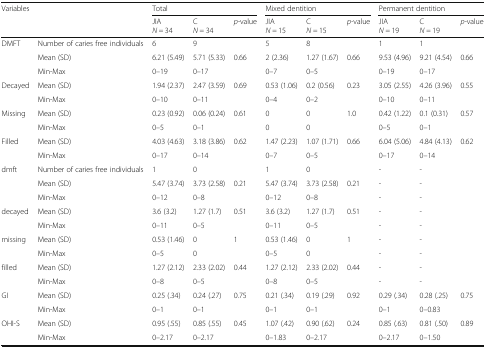
<table><thead><tr><td rowspan="2" colspan="2"><b>Variables</b></td><td colspan="3"><b>Total</b></td><td colspan="3"><b>Mixed dentition</b></td><td colspan="3"><b>Permanent dentition</b></td></tr><tr><td><b>JIA<i>N =</i> 34</b></td><td><b>C<i>N =</i> 34</b></td><td><b><i>p-</i>value</b></td><td><b>JIA<i>N =</i> 15</b></td><td><b>C<i>N =</i> 15</b></td><td><b><i>p-</i>value</b></td><td><b>JIA<i>N =</i> 19</b></td><td><b>C<i>N =</i> 19</b></td><td><b><i>p-</i>value</b></td></tr></thead><tbody><tr><td rowspan="3">DMFT</td><td>Number of caries free individuals</td><td>6</td><td>9</td><td></td><td>5</td><td>8</td><td></td><td>1</td><td>1</td><td></td></tr><tr><td>Mean (SD)</td><td>6.21 (5.49)</td><td>5.71 (5.33)</td><td>0.66</td><td>2 (2.36)</td><td>1.27 (1.67)</td><td>0.66</td><td>9.53 (4.96)</td><td>9.21 (4.54)</td><td>0.66</td></tr><tr><td>Min-Max</td><td>0–19</td><td>0–17</td><td></td><td>0–7</td><td>0–5</td><td></td><td>0–19</td><td>0–17</td><td></td></tr><tr><td rowspan="2">Decayed</td><td>Mean (SD)</td><td>1.94 (2.37)</td><td>2.47 (3.59)</td><td>0.69</td><td>0.53 (1.06)</td><td>0.2 (0.56)</td><td>0.23</td><td>3.05 (2.55)</td><td>4.26 (3.96)</td><td>0.55</td></tr><tr><td>Min-Max</td><td>0–10</td><td>0–11</td><td></td><td>0–4</td><td>0–2</td><td></td><td>0–10</td><td>0–11</td><td></td></tr><tr><td rowspan="2">Missing</td><td>Mean (SD)</td><td>0.23 (0.92)</td><td>0.06 (0.24)</td><td>0.61</td><td>0</td><td>0</td><td>1.0</td><td>0.42 (1.22)</td><td>0.1 (0.31)</td><td>0.57</td></tr><tr><td>Min-Max</td><td>0–5</td><td>0–1</td><td></td><td>0</td><td>0</td><td></td><td>0–5</td><td>0–1</td><td></td></tr><tr><td rowspan="2">Filled</td><td>Mean (SD)</td><td>4.03 (4.63)</td><td>3.18 (3.86)</td><td>0.62</td><td>1.47 (2.23)</td><td>1.07 (1.71)</td><td>0.66</td><td>6.04 (5.06)</td><td>4.84 (4.13)</td><td>0.62</td></tr><tr><td>Min-Max</td><td>0–17</td><td>0–14</td><td></td><td>0–7</td><td>0–5</td><td></td><td>0–17</td><td>0–14</td><td></td></tr><tr><td rowspan="3">dmft</td><td>Number of caries free individuals</td><td>1</td><td>0</td><td></td><td>1</td><td>0</td><td></td><td>-</td><td>-</td><td></td></tr><tr><td>Mean (SD)</td><td>5.47 (3.74)</td><td>3.73 (2.58)</td><td>0.21</td><td>5.47 (3.74)</td><td>3.73 (2.58)</td><td>0.21</td><td>-</td><td>-</td><td></td></tr><tr><td>Min-Max</td><td>0–12</td><td>0–8</td><td></td><td>0–12</td><td>0–8</td><td></td><td>-</td><td>-</td><td></td></tr><tr><td rowspan="2">decayed</td><td>Mean (SD)</td><td>3.6 (3.2)</td><td>1.27 (1.7)</td><td>0.51</td><td>3.6 (3.2)</td><td>1.27 (1.7)</td><td>0.51</td><td>-</td><td>-</td><td></td></tr><tr><td>Min-Max</td><td>0–11</td><td>0–5</td><td></td><td>0–11</td><td>0–5</td><td></td><td>-</td><td>-</td><td></td></tr><tr><td rowspan="2">missing</td><td>Mean (SD)</td><td>0.53 (1.46)</td><td>0</td><td>1</td><td>0.53 (1.46)</td><td>0</td><td>1</td><td>-</td><td>-</td><td></td></tr><tr><td>Min-Max</td><td>0–5</td><td>0</td><td></td><td>0–5</td><td>0</td><td></td><td>-</td><td>-</td><td></td></tr><tr><td rowspan="2">filled</td><td>Mean (SD)</td><td>1.27 (2.12)</td><td>2.33 (2.02)</td><td>0.44</td><td>1.27 (2.12)</td><td>2.33 (2.02)</td><td>0.44</td><td>-</td><td>-</td><td></td></tr><tr><td>Min-Max</td><td>0–8</td><td>0–5</td><td></td><td>0–8</td><td>0–5</td><td></td><td>-</td><td>-</td><td></td></tr><tr><td rowspan="2">GI</td><td>Mean (SD)</td><td>0.25 (.34)</td><td>0.24 (.27)</td><td>0.75</td><td>0.21 (.34)</td><td>0.19 (.29)</td><td>0.92</td><td>0.29 (.34)</td><td>0.28 (.25)</td><td>0.75</td></tr><tr><td>Min-Max</td><td>0–1</td><td>0–1</td><td></td><td>0–1</td><td>0–1</td><td></td><td>0–1</td><td>0–0.83</td><td></td></tr><tr><td rowspan="2">OHI-S</td><td>Mean (SD)</td><td>0.95 (.55)</td><td>0.85 (.55)</td><td>0.45</td><td>1.07 (.42)</td><td>0.90 (.62)</td><td>0.24</td><td>0.85 (.63)</td><td>0.81 (.50)</td><td>0.89</td></tr><tr><td>Min-Max</td><td>0–2.17</td><td>0–2.17</td><td></td><td>0–1.83</td><td>0–2.17</td><td></td><td>0–2.17</td><td>0–1.50</td><td></td></tr></tbody></table>